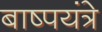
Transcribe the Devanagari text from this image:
बाष्पयंत्रे